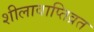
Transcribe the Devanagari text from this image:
शीलावाप्तिव्रत